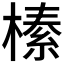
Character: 𭫦